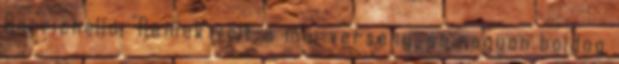
Barrichello: "Remek volt a mai verseny, és nagyon boldog